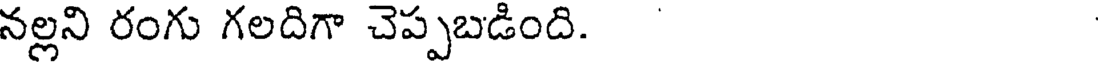
నల్లని రంగు గలదిగా చెప్పబడింది.